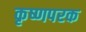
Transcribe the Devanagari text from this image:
कृष्णपरक